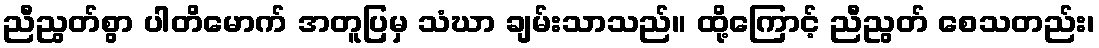
ညီညွတ်စွာ ပါတိမောက် အတူပြမှ သံဃာ ချမ်းသာသည်။ ထို့ကြောင့် ညီညွတ် စေသတည်း၊